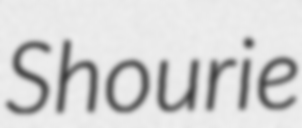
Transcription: Shourie